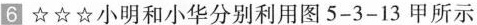
6☆☆☆小明和小华分别利用图5-3-13甲所示